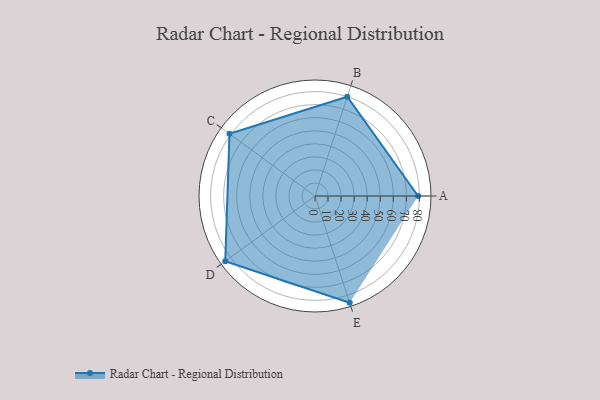
{"axis": {"x": "Skill", "y": "Score"}, "legend": ["Profile"], "data": [{"x": "A", "y": 79.0, "type": "Profile"}, {"x": "B", "y": 80.0, "type": "Profile"}, {"x": "C", "y": 81.0, "type": "Profile"}, {"x": "D", "y": 85.0, "type": "Profile"}, {"x": "E", "y": 86.0, "type": "Profile"}]}